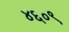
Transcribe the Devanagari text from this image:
४६०९